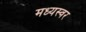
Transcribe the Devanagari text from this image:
मध्यस्वर